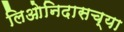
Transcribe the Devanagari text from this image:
लिओनिदासच्या